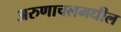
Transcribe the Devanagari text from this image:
अरुणाचलमधील